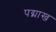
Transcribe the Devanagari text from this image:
पद्माख